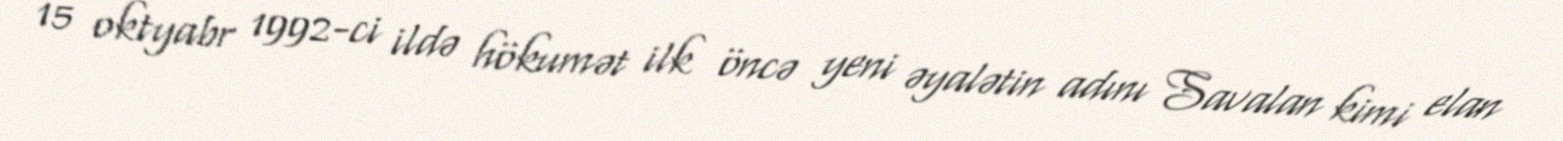
15 oktyabr 1992-ci ildə hökumət ilk öncə yeni əyalətin adını Savalan kimi elan